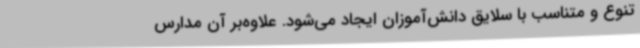
تنوع و متناسب با سلایق دانش‌آموزان ایجاد می‌شود. علاوه‌بر آن مدارس